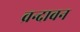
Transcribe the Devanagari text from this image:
व्रन्दावन